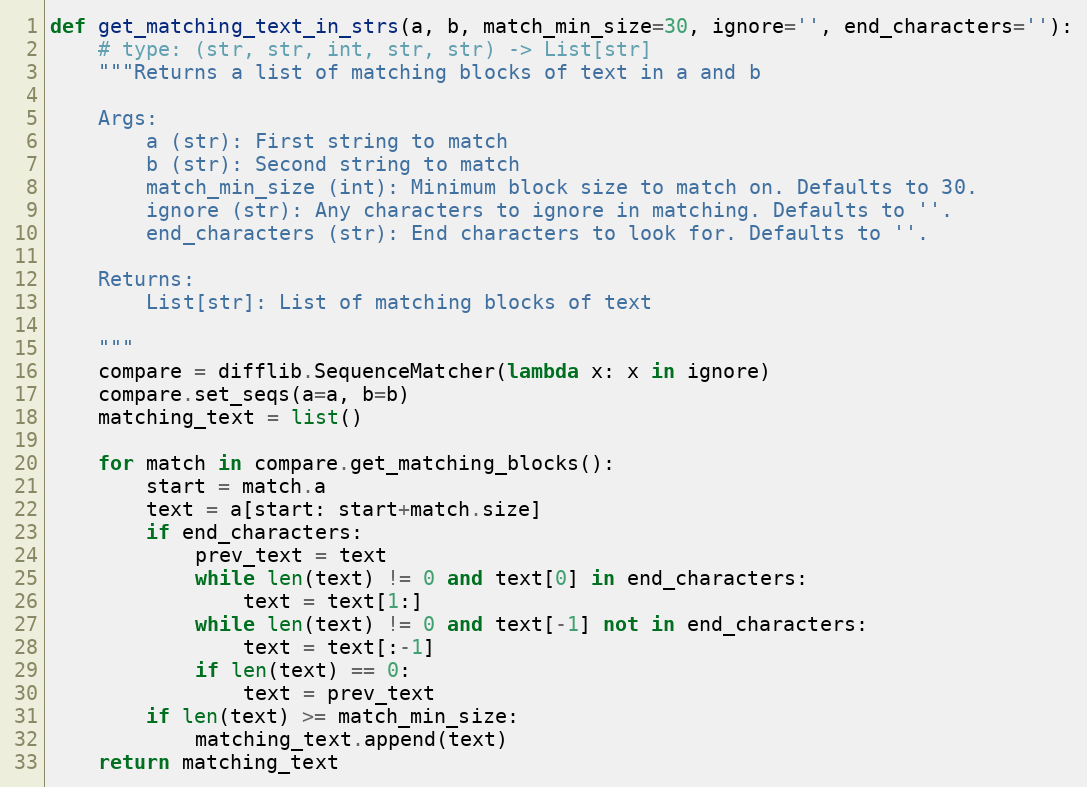
Language: Python
def get_matching_text_in_strs(a, b, match_min_size=30, ignore='', end_characters=''):
    # type: (str, str, int, str, str) -> List[str]
    """Returns a list of matching blocks of text in a and b

    Args:
        a (str): First string to match
        b (str): Second string to match
        match_min_size (int): Minimum block size to match on. Defaults to 30.
        ignore (str): Any characters to ignore in matching. Defaults to ''.
        end_characters (str): End characters to look for. Defaults to ''.

    Returns:
        List[str]: List of matching blocks of text

    """
    compare = difflib.SequenceMatcher(lambda x: x in ignore)
    compare.set_seqs(a=a, b=b)
    matching_text = list()

    for match in compare.get_matching_blocks():
        start = match.a
        text = a[start: start+match.size]
        if end_characters:
            prev_text = text
            while len(text) != 0 and text[0] in end_characters:
                text = text[1:]
            while len(text) != 0 and text[-1] not in end_characters:
                text = text[:-1]
            if len(text) == 0:
                text = prev_text
        if len(text) >= match_min_size:
            matching_text.append(text)
    return matching_text